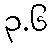
၃.၆